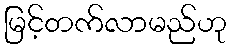
မြင့်တက်လာမည်ဟု